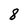
Character: 8